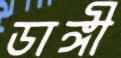
ডাঙ্গী